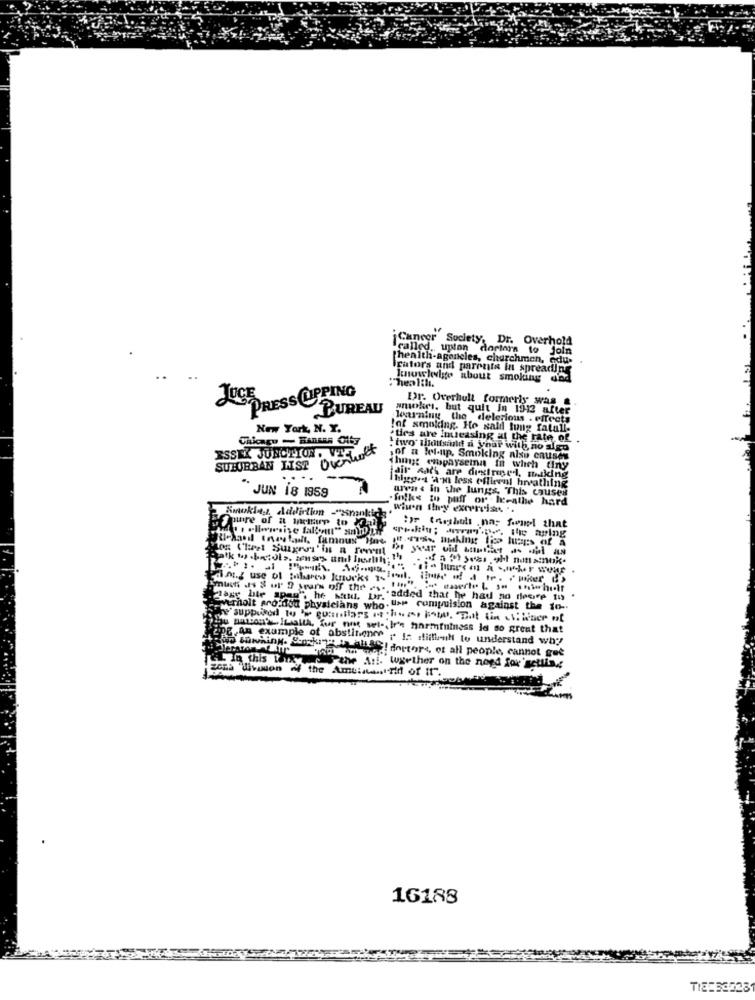
Cancer Society, Dr. Overhold
..
called ., upton dortara to join
[health-agencies, churchmen, qdu-
tore and parenta in spreading
"health.
Itnowlevite about smoking do
PRESS CUPPING
JUCE
Dr. Overholt formerly" was
BUREAU
amokrs, but quit In 1942 after
learning the delerious . eff
New York, N. Y.
!of smoking. He said tung fatall-
.ties are Inueasing at the rate of
ESSEK JUNCTION . VIYE
!two thousand a your with no sigo
SUBURBAN LIST OFLUCK
,of a ket-up, Smoking also causes
That miopaysema fft which tiny
jair sach are dextrinel, making
Thisg.s 'an less effieval breathing
area & in the lungs, This causes
JUN 18 1959
folks to puff or lerathe hard
Smoking Addiction -"smokich
Wisen they excercise. ..
SOpure of a mesure to
IF theshul .na- fuel that
DI year vid angistas wil as
.si- Fines ou a -ochor wear
Bmuch s & ur 9 sears off the es ..
gage ble spag", he mant. Dr. "added that he had no focime Ins
Swerholt pro dot physicians who. Use compulsion against the to -.
he'suppurod
Du parton ILalla, fur nit sel -, Ir's harmininess la so great that
Wipe.An example of abstinence " in stiftlinh to understand why
-diff! dortoirs, et all people, cannot get
In this i
Mon
the Amulaanirid of it".
"the A !!. Wgether on the need for'setting
16188